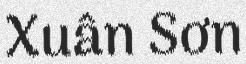
Xuân Sơn